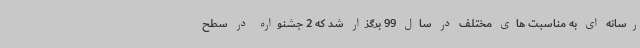
رسانه ای به مناسبت های مختلف در سال 99 برگزار شد که 2 جشنواره در سطح